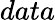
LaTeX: data